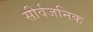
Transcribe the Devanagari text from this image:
सीर्वजनिक